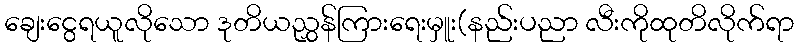
ချေးငွေရယူလိုသော ဒုတိယညွှန်ကြားရေးမှူး(နည်းပညာ လီးကိုထုတိလိုက်ရာ